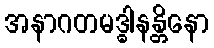
အနာဂတမဒ္ဓါနန္တိနော